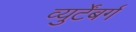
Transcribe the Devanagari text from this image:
व्युर्टेंबर्ग